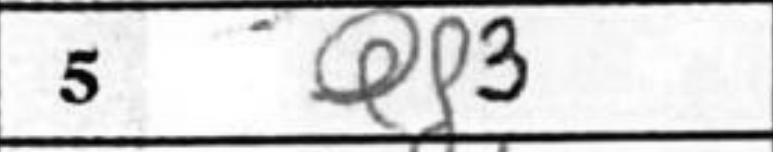
Transcription: Qf3